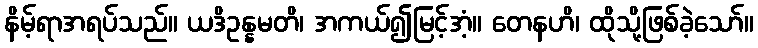
နိမ့်ရာအရပ်သည်။ ယဒိဥန္နမတိ၊ အကယ်၍မြင့်အံ့။ တေနဟိ၊ ထိုသို့ဖြစ်ခဲ့သော်။